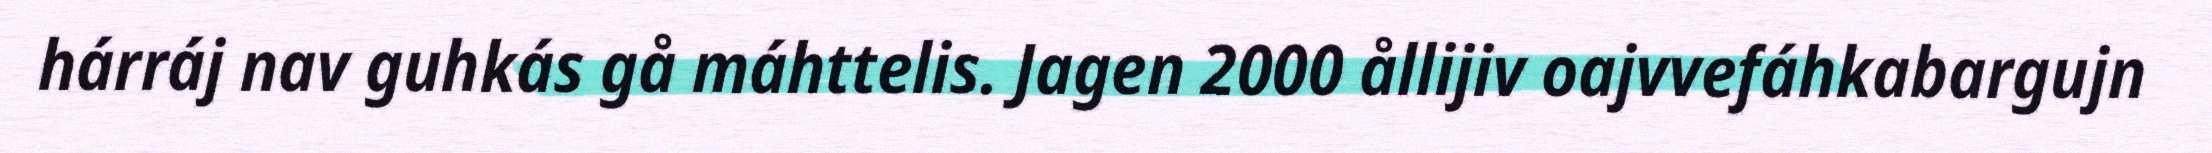
hárráj nav guhkás gå máhttelis. Jagen 2000 ållijiv oajvvefáhkabargujn